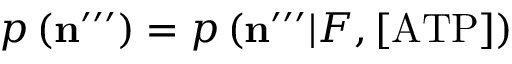
p \left( \mathbf { n } ^ { \prime \prime \prime } \right) = p \left( \mathbf { n } ^ { \prime \prime \prime } | F , \mathrm { [ A T P ] } \right)